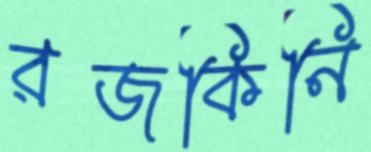
রজকিনি